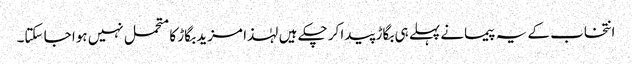
انتخاب کے یہ پیمانے پہلے ہی بگاڑ پیدا کر چکے ہیں لہٰذا مزید بگاڑ کا متحمل نہیں ہوا جا سکتا۔